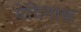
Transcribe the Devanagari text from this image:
येदिनाक